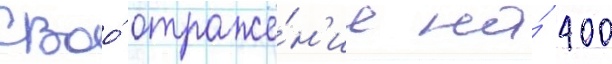
своо́ отраже́н'ие на́ 400